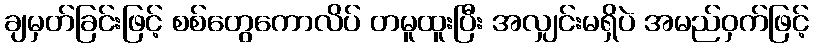
ချမှတ်ခြင်းဖြင့် စစ်တွေကောလိပ် တမူထူးပြီး အလျှင်းမရှိပဲ အမည်ဝှက်ဖြင့်